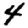
Digit: 4